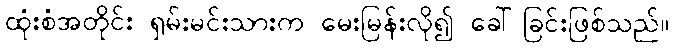
ထုံးစံအတိုင်း ရှမ်းမင်းသားက မေးမြန်းလို၍ ခေါ်ခြင်းဖြစ်သည်။